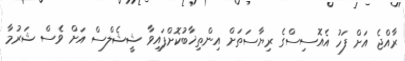
ރާއްޖެ އަށް ފަހު އެއޮސިސްގެ ރިޔާސަތަށް އިންތިޚާބުކޮށްފައިވާ ޝީޝެލްސް އަށް ވެސް ޝަރުމާ